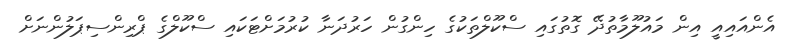
އެންއައިއީ އިން މައުލޫމާތުދޭ ގޮތުގައި ސްކޫލްތަކުގެ ހިންގުން ހަރުދަނާ ކުރުމަށްޓަކައި ސްކޫލްގެ ޕްރިންސިޕަލުންނަށް